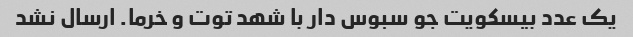
یک عدد بیسکویت جو سبوس دار با شهد توت و خرما. ارسال نشد